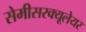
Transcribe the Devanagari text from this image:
सेमीसरक्यूलेयर